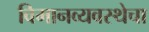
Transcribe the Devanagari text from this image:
विमानव्यवस्थेचा